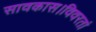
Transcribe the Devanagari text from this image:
सावकास।विवरतां